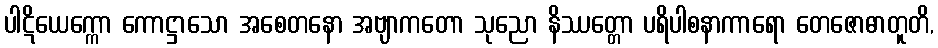
ပါဋိယေက္ကော ကောဋ္ဌာသော အစေတနော အဗျာကတော သုညော နိဿတ္တော ပရိပါစနာကာရော တေဇောဓာတူတိ,